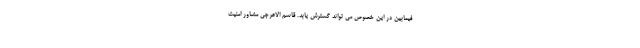
فیمابین در این خصوص می تواند گسترش یابد. قاسم الاعرجی مشاور امنیت